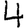
Digit: 4